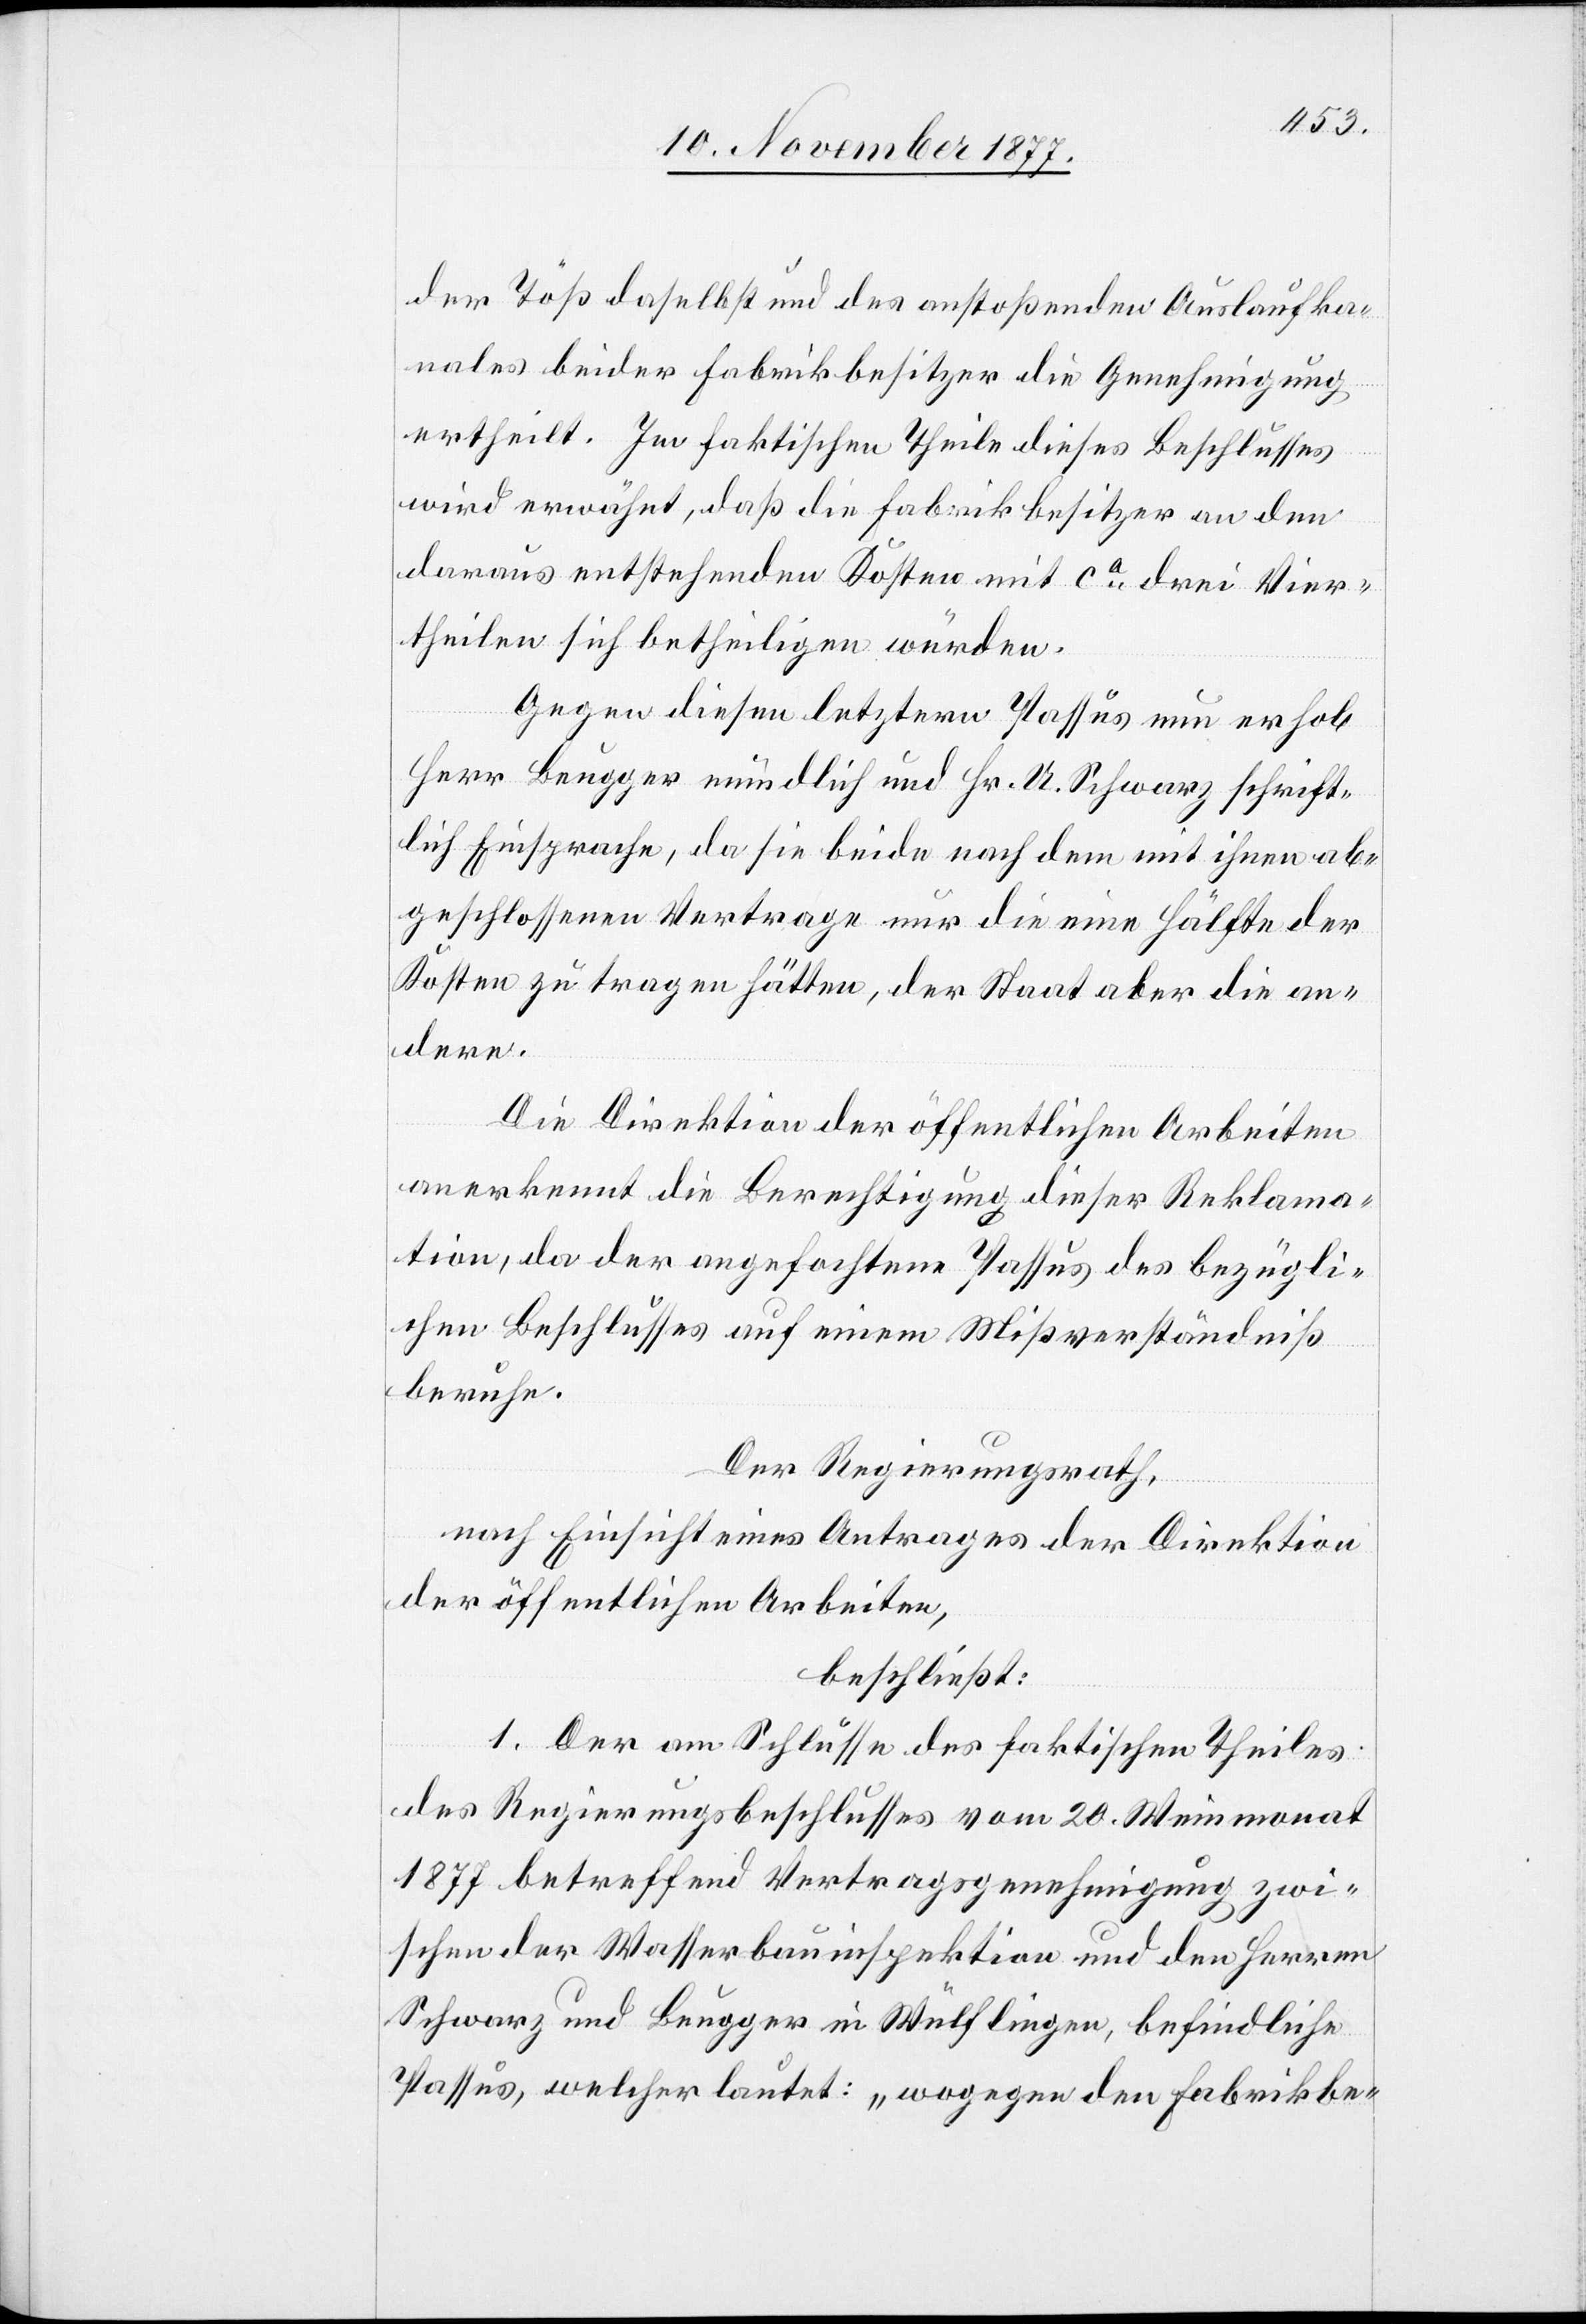
der Töß daselbst und des anstoßenden Auslaufka¬
nales beider Fabrikbesitzer die Genehmigung
ertheilt. Im faktischen Theile dieses Beschlusses
wird erwähnt, daß die Fabrikbesitzer an den
daraus entstehenden Kosten mit ca drei Vier¬
theilen sich betheiligen würden.
Gegen diesen letztern Passus nun erhob
Herr Beugger mündlich und Hr. U. Schwarz schrift¬
lich Einsprache, da sie beide nach dem mit ihnen ab¬
geschlossenen Vertrage nur die eine Hälfte der
Kosten zu tragen hätten, der Staat aber die an¬
dere.
Die Direktion der öffentlichen Arbeiten
anerkennt die Berechtigung dieser Reklama¬
tion, da der angefochtene Passus des bezügli¬
chen Beschlusses auf einem Mißverständniß
beruhe.
Der Regierungsrath,
nach Einsicht eines Antrages der Direktion
der öffentlichen Arbeiten,
beschließt:
1. Der am Schlusse des faktischen Theiles
des Regierungsbeschlusses vom 20. Weinmonat
1877 betreffend Vertragsgenehmigung zwi¬
schen der Wasserbauinspektion und den Herren
Schwarz und Beugger in Wülflingen, befindliche
Passus, welcher lautet: „wogegen den Fabrikbe-